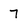
Character: 7